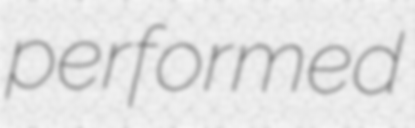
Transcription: performed